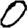
Digit: 0